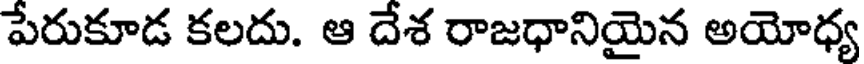
పేరుకూడ కలదు. ఆ దేశ రాజధానియైన అయోధ్య